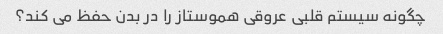
چگونه سیستم قلبی عروقی هموستاز را در بدن حفظ می کند؟